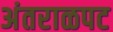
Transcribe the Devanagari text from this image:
अंतराळपट